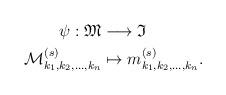
LaTeX: \begin{align*}\psi: \mathfrak{M}& \longrightarrow \mathfrak{I} \\\mathcal{M}^{(s)}_{k_1, k_2, \ldots,k_{n}} & \mapsto m^{(s)}_{k_1, k_2, \ldots,k_{n}}.\end{align*}